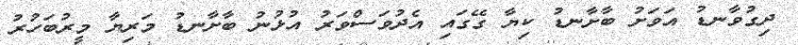
ދިގުވާނޑު އަވަށު ބާށާނޑު ކިޔާ ގޭގައި އެދުވަސްވަރު އުޅުނު ބާށާނޑު މަރިޔާ މީރުބަހުރު